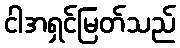
ငါအရှင်မြတ်သည်